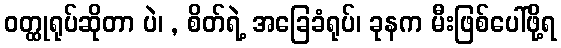
ဝတ္ထုရုပ်ဆိုတာ ပဲ၊ , စိတ်ရဲ့ အခြေခံရုပ်၊ ခုနက မီးဖြစ်ပေါ်ဖို့ရ